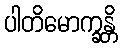
ပါတိမောက္ခန္တိ